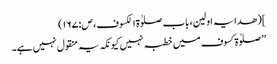
](ھدایہ اولین، باب صلوٰۃ الکسوف، ص:۱۶۷)
’’صلوٰۃ کسوف میں خطبہ نہیں کیونکہ یہ منقول نہیں ہے۔